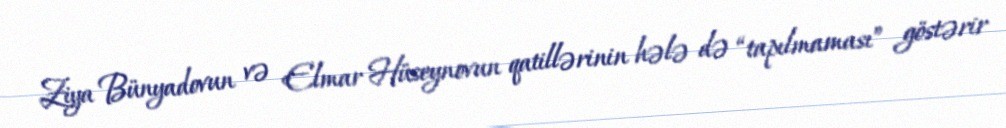
Ziya Bünyadovun və Elmar Hüseynovun qatillərinin hələ də “tapılmaması” göstərir